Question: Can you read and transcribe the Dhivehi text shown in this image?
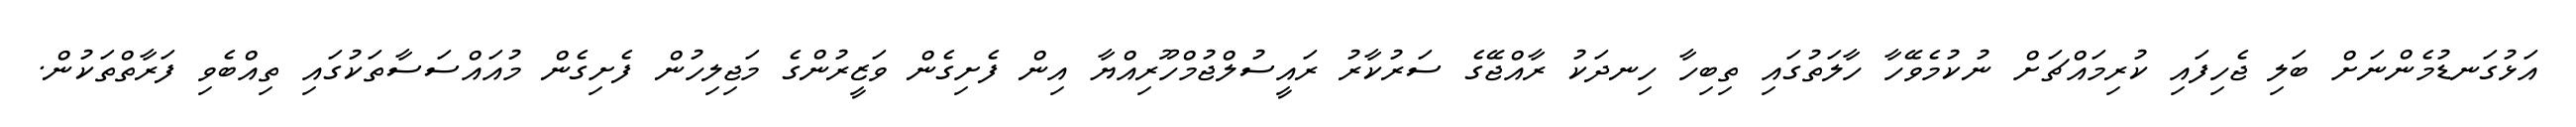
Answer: އަޅުގަނޑުމެންނަށް ބަލި ޖެހިފައި ކުރިމައްޗަށް ނުކުމެވޭހާ ހާލަތުގައި ތިބިހާ ހިނދަކު ރާއްޖޭގެ ސަރުކާރު ރައީސުލްޖުމްހޫރިއްޔާ އިން ފެށިގެން ވަޒީރުންގެ މަޖިލިހުން ފެށިގެން މުއައްސަސާތަކުގައި ތިއްބެވި ފަރާތްތަކުން.